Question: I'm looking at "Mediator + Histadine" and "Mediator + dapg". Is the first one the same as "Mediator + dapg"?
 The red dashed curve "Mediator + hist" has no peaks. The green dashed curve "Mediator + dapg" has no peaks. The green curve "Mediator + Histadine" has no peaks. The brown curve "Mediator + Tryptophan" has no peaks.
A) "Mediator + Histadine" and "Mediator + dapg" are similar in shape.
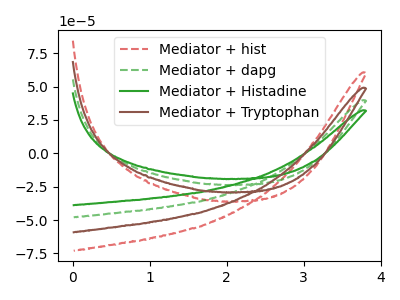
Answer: <think>Neither "Mediator + Histadine" or "Mediator + dapg" have any peaks.
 </think>
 <answer>A) "Mediator + Histadine" and "Mediator + dapg" are similar in shape.</answer>
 <eval>A</eval>